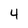
Character: 4